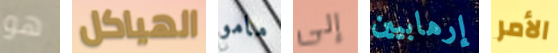
هو الهياكل مامو إلى إرهابيين الأمر